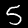
Digit: 5